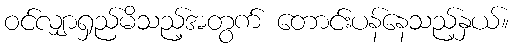
ဝင်လျှာရှည်မိသည့်အတွက် တောင်းပန်နေသည့်နှယ်။